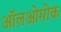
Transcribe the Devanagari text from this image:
ऑलओमोक